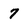
Character: 7